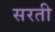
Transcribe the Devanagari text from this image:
सरती